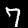
Label: 7